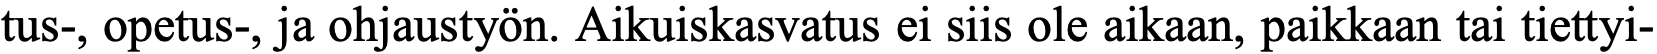
tus-, opetus-, ja ohjaustyön. Aikuiskasvatus ei siis ole aikaan, paikkaan tai tiettyi-